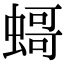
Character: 𧎺